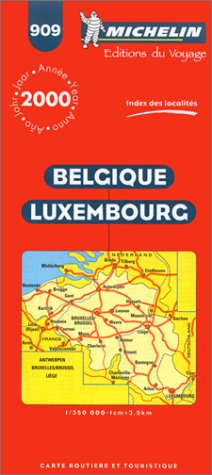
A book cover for Belgium, Luxembourg (Michelin Maps); Michelin Travel Publications; Travel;